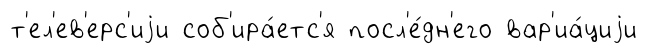
т'ел'ев'ерс'иjи соб'ира́етс'я посл'е́дн'его вар'иа́циjи